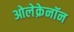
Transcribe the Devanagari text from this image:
ओलेक्रेनॉन